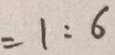
= 1 : 6